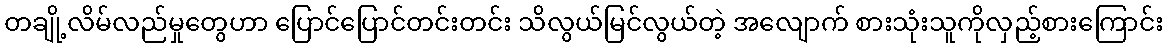
တချို့လိမ်လည်မှုတွေဟာ ပြောင်ပြောင်တင်းတင်း သိလွယ်မြင်လွယ်တဲ့ အလျောက် စားသုံးသူကိုလှည့်စားကြောင်း